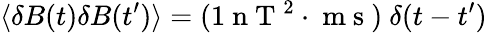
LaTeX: \langle\delta B(t)\delta B(t^{\prime})\rangle=(1\mathrm{~n~T~}^{2}\cdot\mathrm{~m~s~})\mathrm{~}\delta(t-t^{\prime})